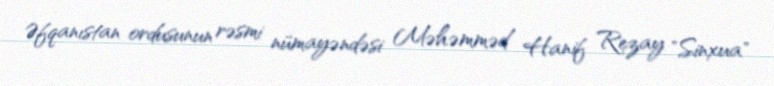
Əfqanıstan ordusunun rəsmi nümayəndəsi Məhəmməd Hanif Rezay "Sinxua"